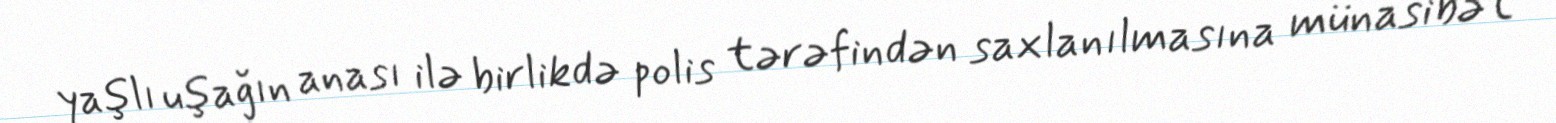
yaşlı uşağın anası ilə birlikdə polis tərəfindən saxlanılmasına münasibət